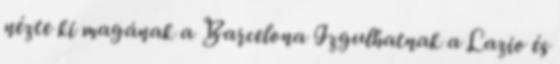
nézte ki magának a Barcelona Izgulhatnak a Lazio és